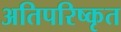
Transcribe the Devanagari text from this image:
अतिपरिष्कृत